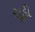
સૂડી